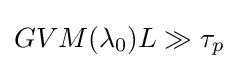
GVM(\lambda _{0})L\gg \tau _{p}